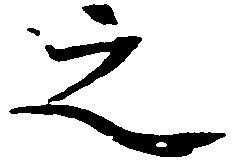
之